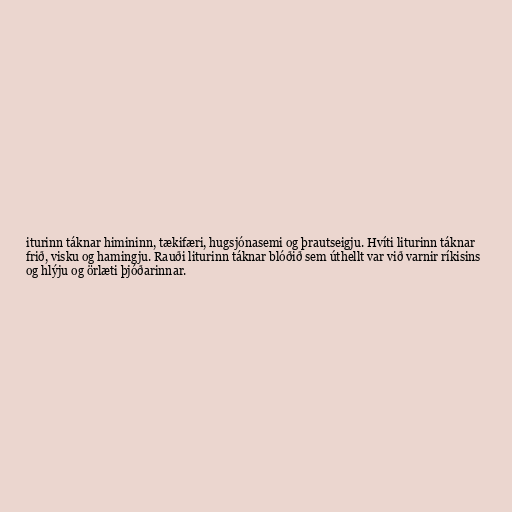
iturinn táknar himininn, tækifæri, hugsjónasemi og þrautseigju. Hvíti liturinn táknar
frið, visku og hamingju. Rauði liturinn táknar blóðið sem úthellt var við varnir ríkisins
og hlýju og örlæti þjóðarinnar.